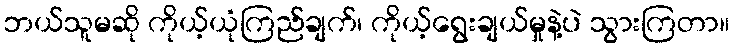
ဘယ်သူမဆို ကိုယ့်ယုံကြည်ချက်၊ ကိုယ့်ရွေးချယ်မှုနဲ့ပဲ သွားကြတာ။